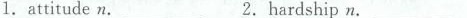
1. attitude n.____________2.hardship n.______________